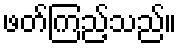
ဖတ်ကြည့်သည်။